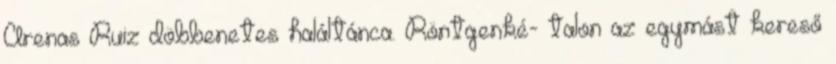
Arenas Ruiz döbbenetes haláltánca. Röntgenké- talon az egymást kereső